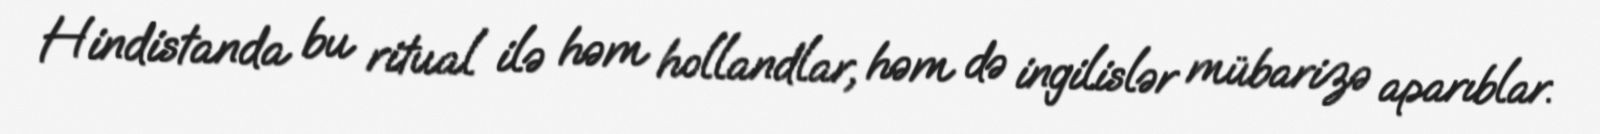
Hindistanda bu ritual ilə həm hollandlar, həm də ingilislər mübarizə aparıblar.